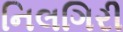
નિલગિરી